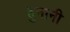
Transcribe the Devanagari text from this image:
हुनानी